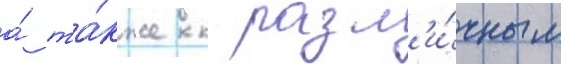
а́ та́кже к разл'и́чным